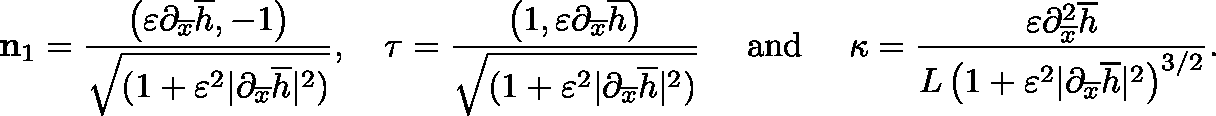
\mathbf { n } _ { 1 } = \frac { \left( \varepsilon \partial _ { \overline { { x } } } \overline { { h } } , - 1 \right) } { \sqrt { ( 1 + \varepsilon ^ { 2 } | \partial _ { \overline { { x } } } \overline { { h } } | ^ { 2 } ) } } , \quad \mathbf { \tau } = \frac { \left( 1 , \varepsilon \partial _ { \overline { { x } } } \overline { { h } } \right) } { \sqrt { ( 1 + \varepsilon ^ { 2 } | \partial _ { \overline { { x } } } \overline { { h } } | ^ { 2 } ) } } \quad \mathrm { ~ a n d ~ } \quad \kappa = \frac { \varepsilon \partial _ { \overline { { x } } } ^ { 2 } \overline { { h } } } { L \left( 1 + \varepsilon ^ { 2 } | \partial _ { \overline { { x } } } \overline { { h } } | ^ { 2 } \right) ^ { 3 / 2 } } .